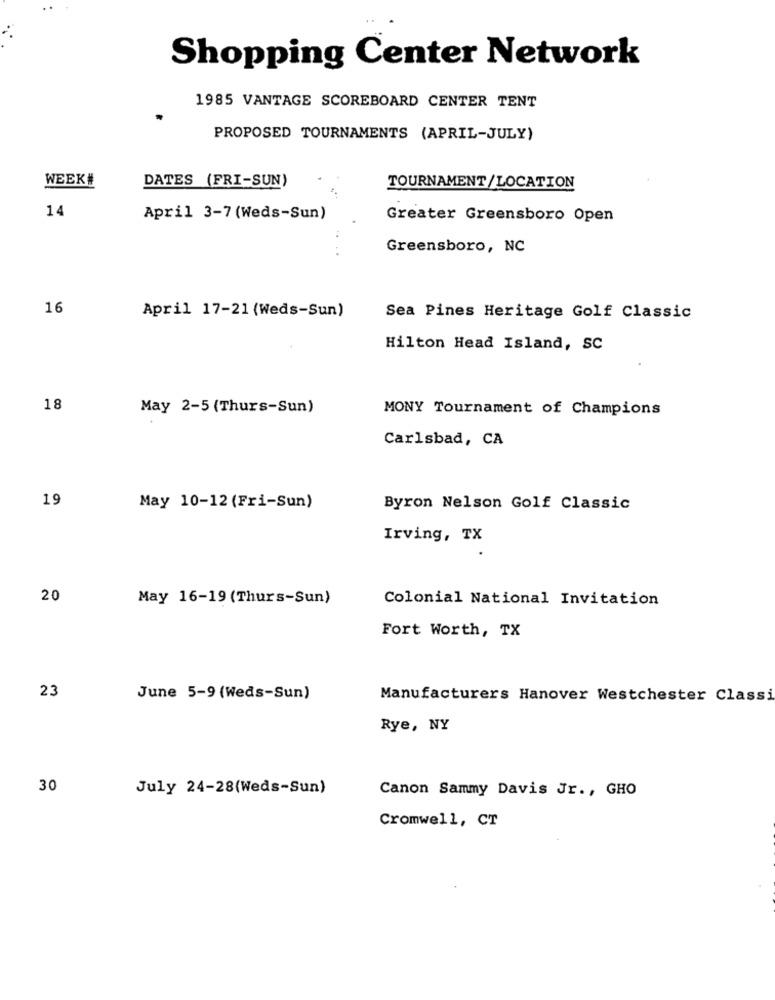
Shopping Center Network
1985 VANTAGE SCOREBOARD CENTER TENT
PROPOSED TOURNAMENTS (APRIL-JULY)
WEEK#
DATES (FRI-SUN)
TOURNAMENT/LOCATION
14
April 3-7 (Weds-Sun)
Greater Greensboro Open
Greensboro, NC
16
April 17-21 (Weds-Sun)
Sea Pines Heritage Golf Classic
Hilton Head Island, SC
18
May 2-5 (Thurs-Sun)
MONY Tournament of Champions
Carlsbad, CA
19
May 10-12 (Fri-Sun)
Byron Nelson Golf Classic
Irving, TX
20
May 16-19 (Thurs-Sun)
Colonial National Invitation
Fort Worth, TX
23
June 5-9 (Weds-Sun)
Manufacturers Hanover Westchester Classi
Rye, NY
30
July 24-28(Weds-Sun)
Canon Sammy Davis Jr ., GHO
Cromwell, CT